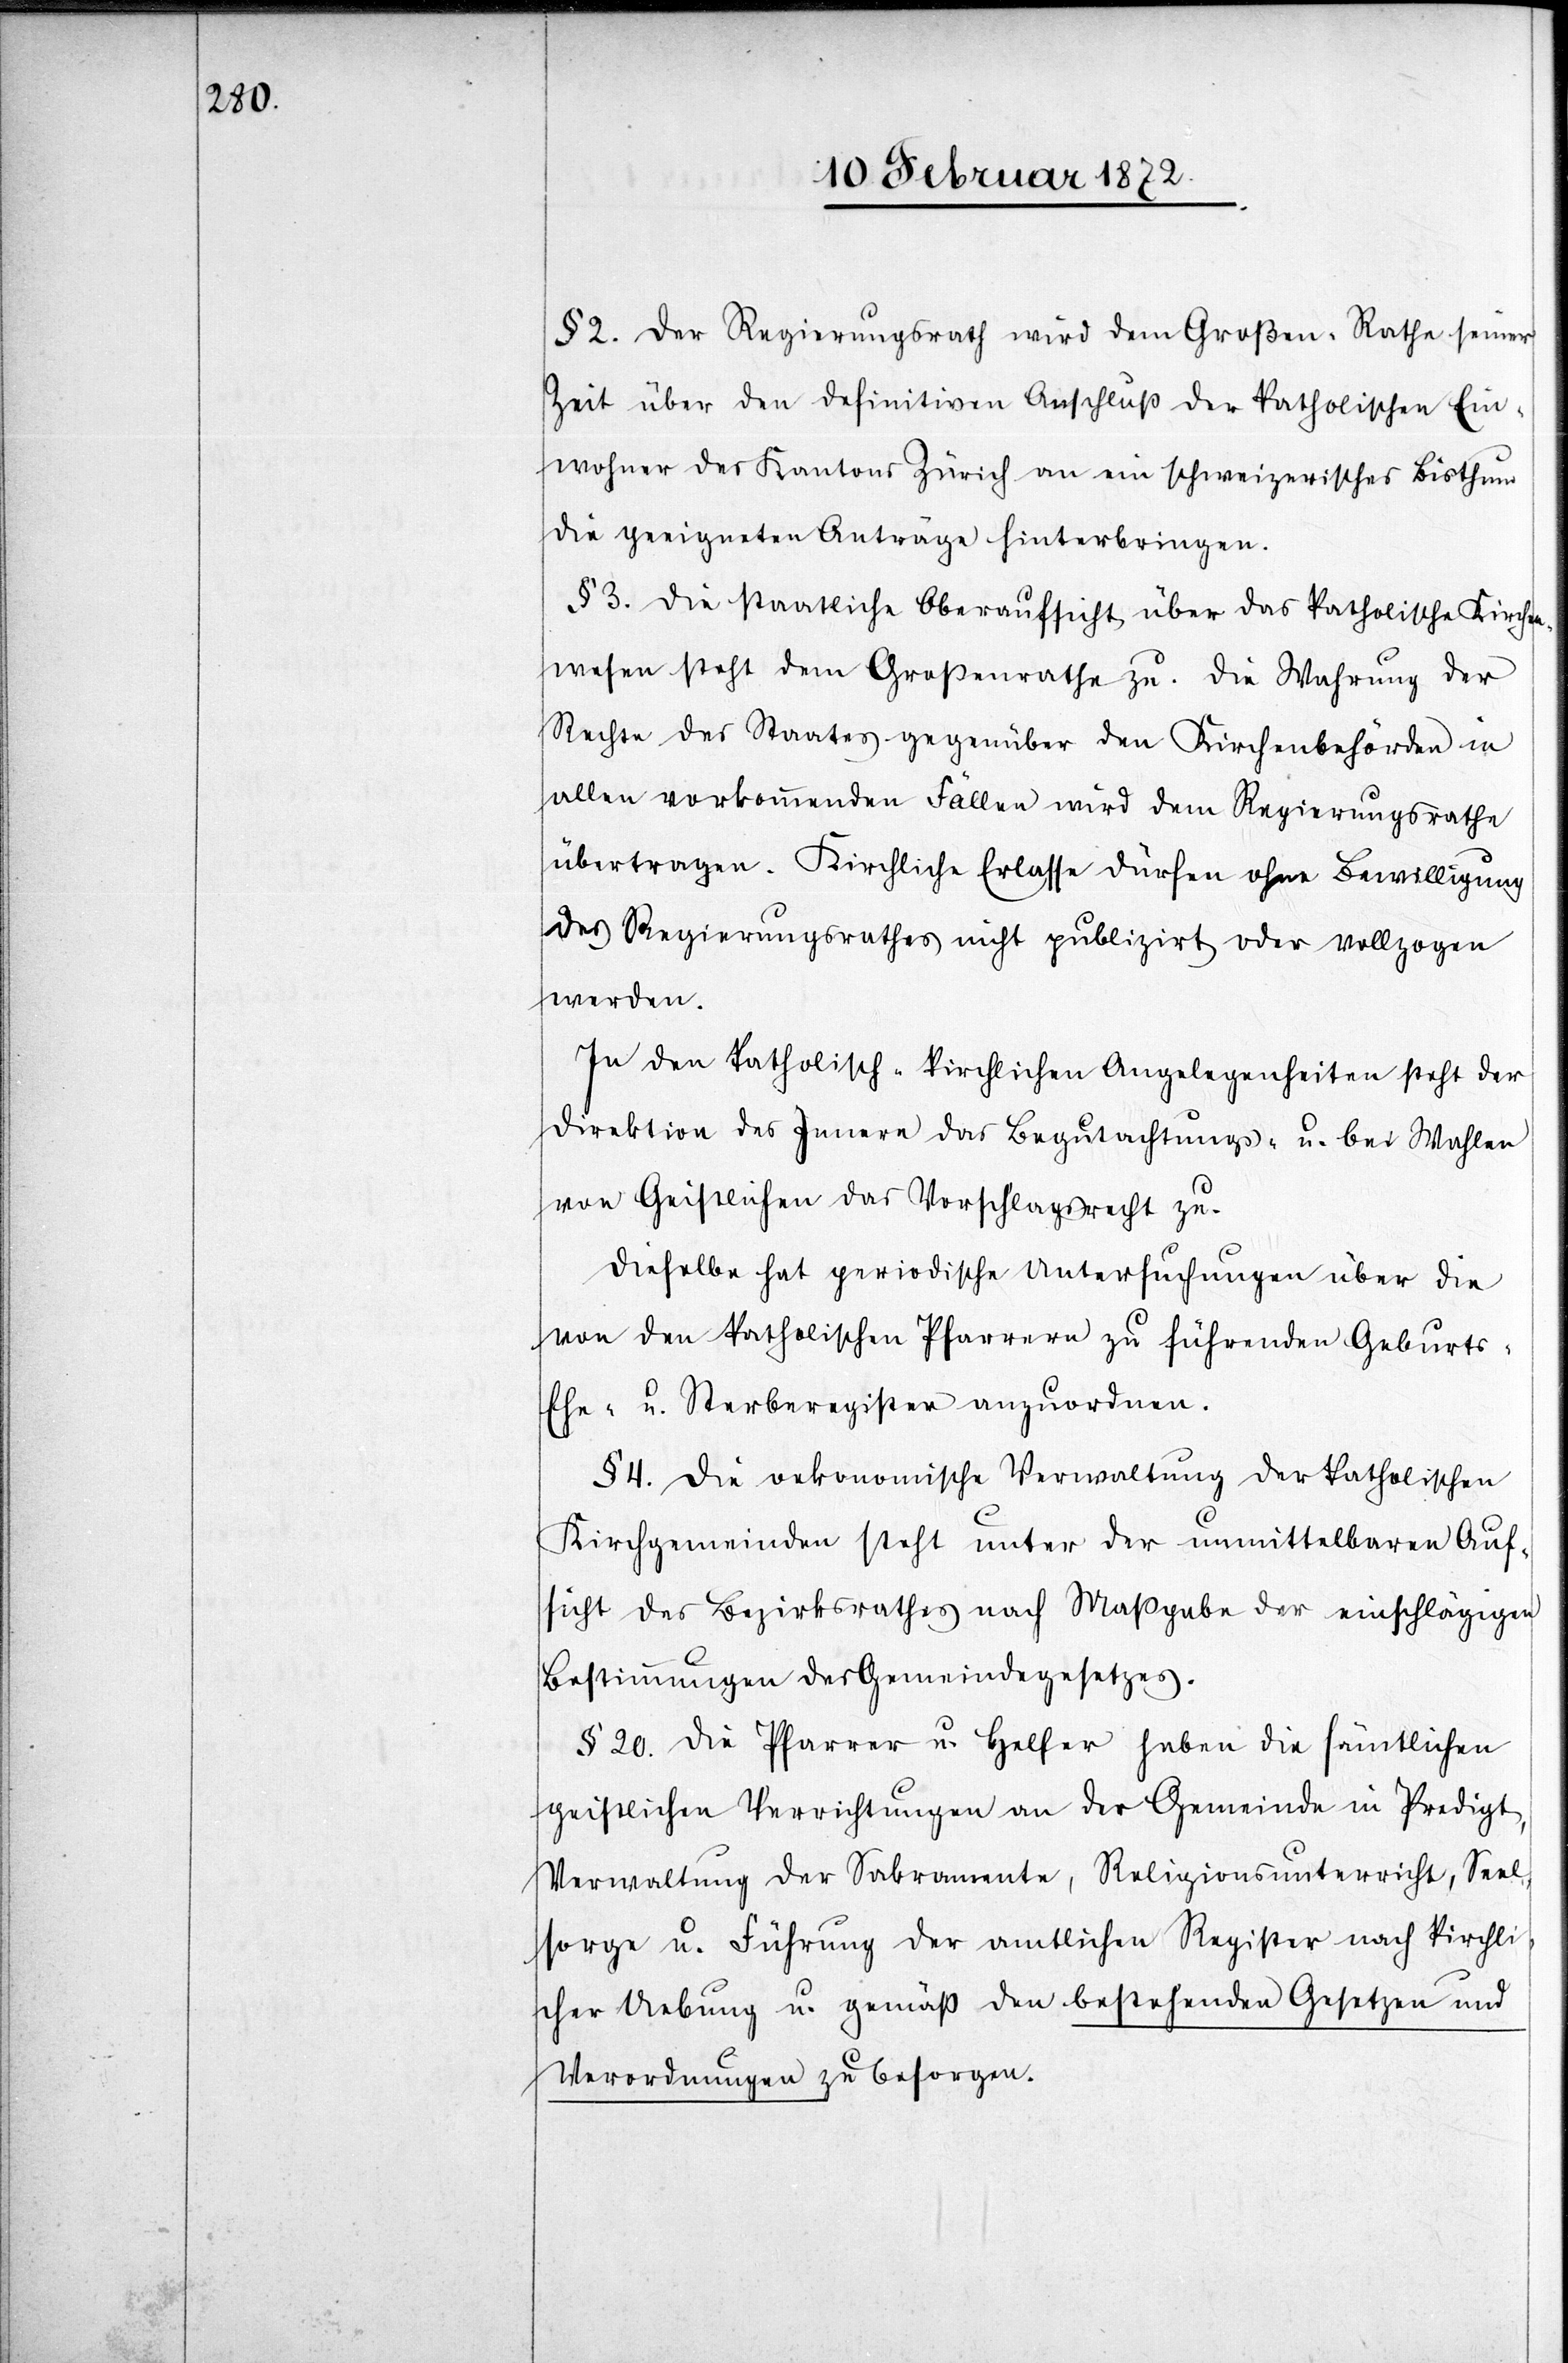
§ 2. Der Regierungsrath wird dem Großen-Rathe seiner
Zeit über den definitiven Anschluß der katholischen Ein¬
wohner des Kantons Zürich an ein schweizerisches Bisthum
die geeigneten Anträge hinterbringen.
§ 3. Die staatliche Oberaufsicht über das katholische Kirche¬
nwesen steht dem Großenrathe zu. Die Wahrung der
Rechte des Staates gegenüber den Kirchenbehörden in
allen vorkommenden Fällen wird dem Regierungsrathe
übertragen. Kirchliche Erlasse dürfen ohne Bewilligung
des Regierungsrathes nicht publizirt oder vollzogen
werden.
In den katholisch-kirchlichen Angelegenheiten steht der
Direktion des Innern das Begutachtungs- u. bei Wahlen
von Geistlichen das Vorschlagsrecht zu.
Dieselbe hat periodische Untersuchungen über die
von den katholischen Pfarrern zu führenden Geburts-[,]
Ehe- u. Sterberegister anzuordnen.
§ 4. Die oekonomische Verwaltung der katholischen
Kirchgemeinden steht unter der unmittelbaren Auf¬
sicht des Bezirksrathes nach Maßgabe der einschlägigen
Bestimmungen des Gemeindegesetzes.
§ 20. Die Pfarrer u. Helfer haben die sämtlichen
geistlichen Verrichtungen an der Gemeinde in Predigt,
Verwaltung der Sakramente, Religionsunterricht, Seel¬
sorge u. Führung der amtlichen Register nach kirchl¬
icher Uebung u. gemäß den bestehenden Gesetzen und
Verordnungen zu besorgen.